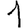
Digit: 1